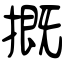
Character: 摡